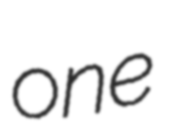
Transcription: one